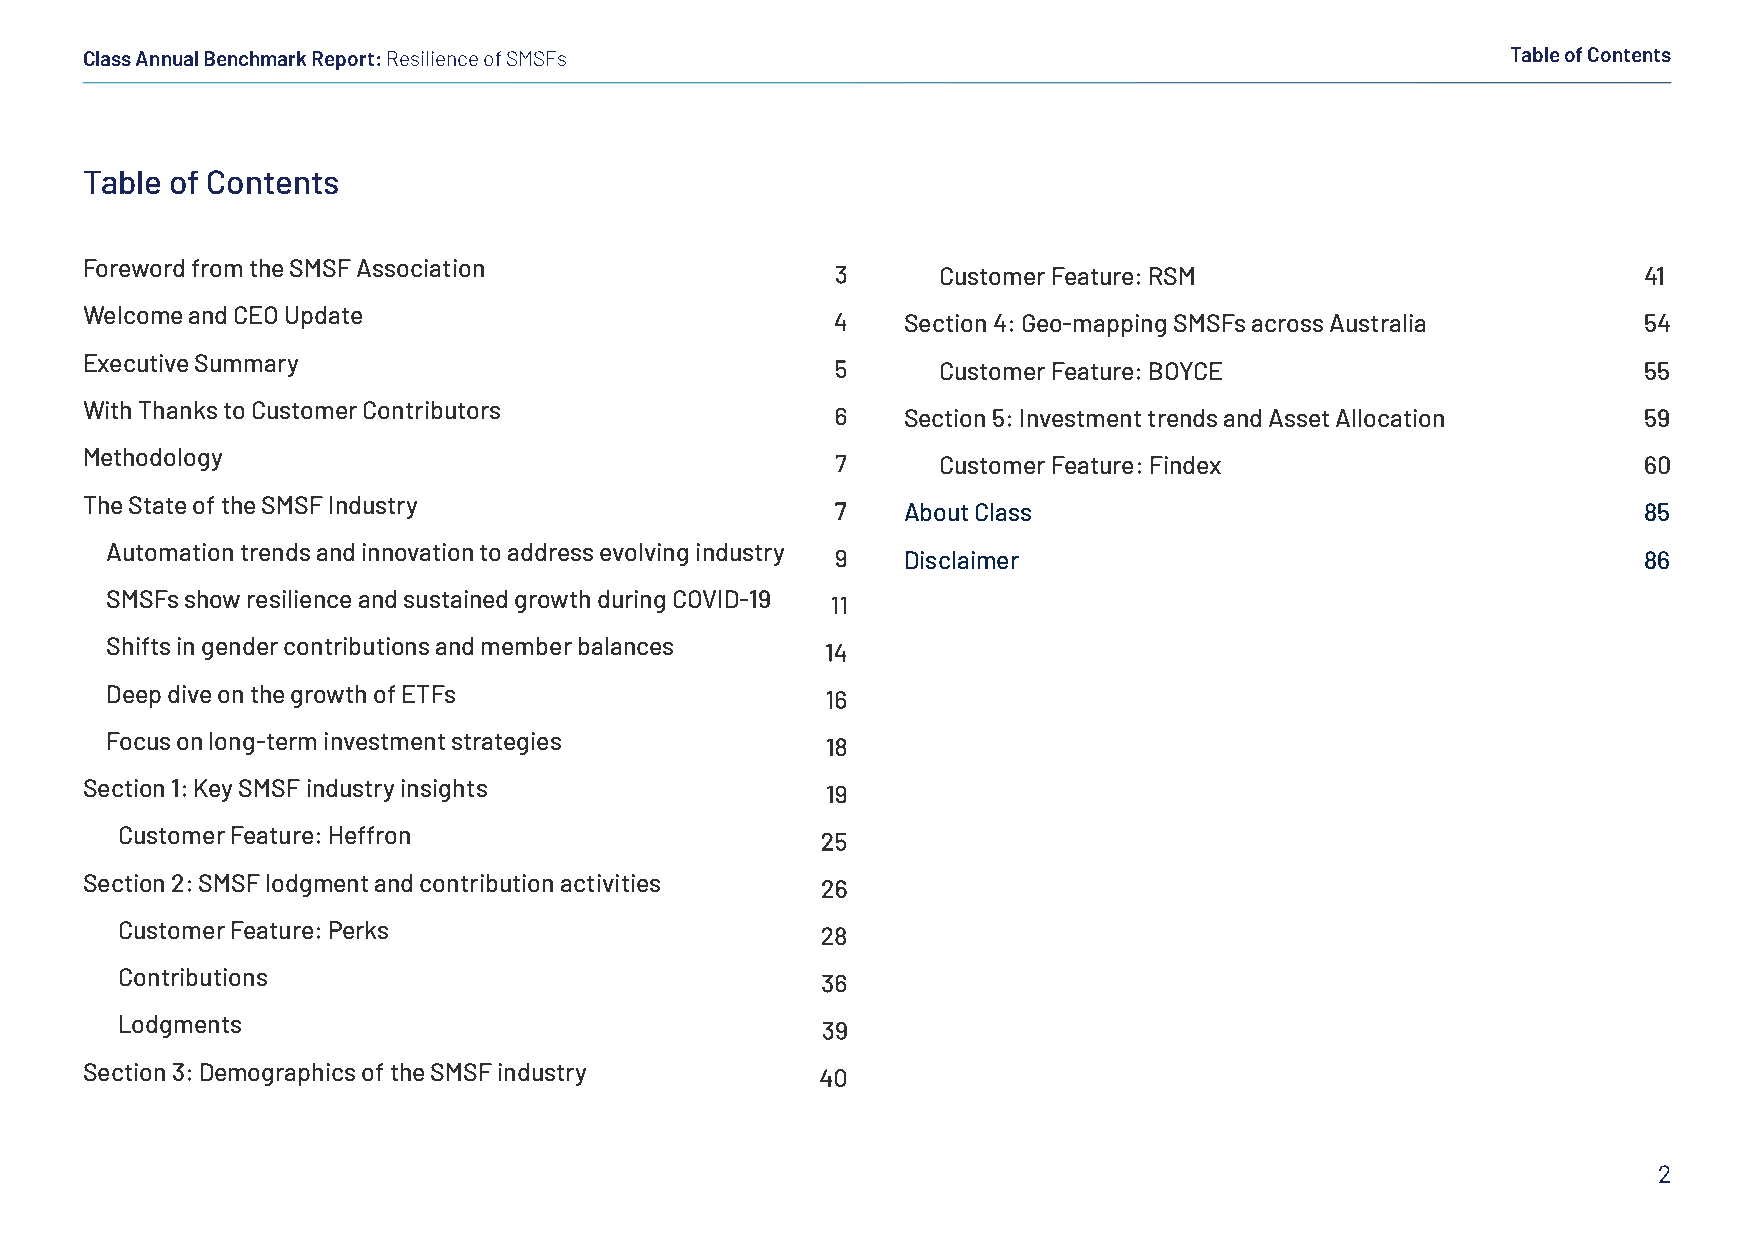
Class Annual Benchmark Report: Resilience of SMSFs                                             Table of Contents
 Table of Contents
 Foreword from the SMSF Association
 Customer Feature: RSM                          41
 Welcome and CEO Update
 Section 4: Geo-mapping SMSFs across Australia    54
 Executive Summary
 Customer Feature: BOYCE                        55
 With Thanks to Customer Contributors
 Section 5: Investment trends and Asset Allocation 59
 Methodology
 Customer Feature: Findex                       60
 The State of the SMSF Industry
 About Class                                      85
 Automation trends and innovation to address evolving industry
 Disclaimer                                       86
 SMSFs show resilience and sustained growth during COVID-19
 Shifts in gender contributions and member balances
 Deep dive on the growth of ETFs
 Focus on long-term investment strategies
 Section 1: Key SMSF industry insights
 Customer Feature: Heffron
 Section 2: SMSF lodgment and contribution activities
 Customer Feature: Perks
 Contributions
 Lodgments
 Section 3: Demographics of the SMSF industry
 2